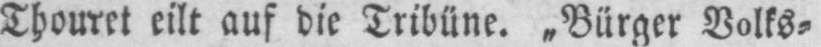
Thouret eilt auf die Tribüne. „Bürger Volks⸗